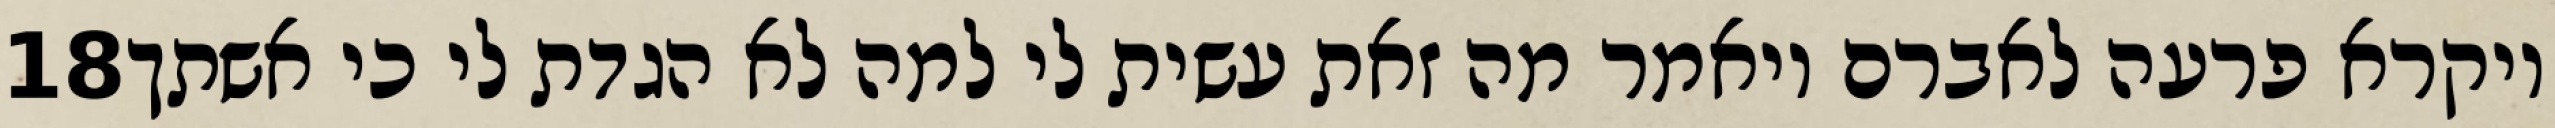
‎18‏ ויקרא פרעה לאברם ויאמר מה זאת עשית לי למה לא הגדת לי כי אשתך